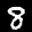
Digit: 8